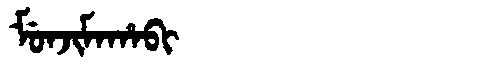
Manchu: ᠮᡠᠨᠵᡳᠮᠠᡥᠠᠪᡳ
Romanization: MUNJIMAHABI